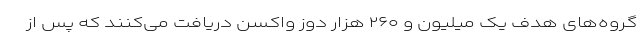
گروه‌های هدف یک میلیون و ۲۶۰ هزار دوز واکسن دریافت می‌کنند که پس از